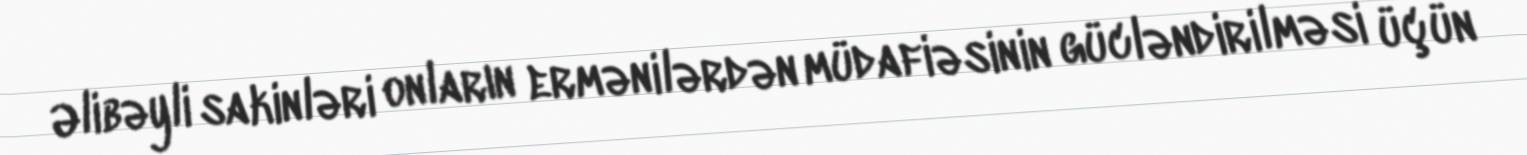
Əlibəyli sakinləri onların ermənilərdən müdafiəsinin gücləndirilməsi üçün